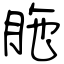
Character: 胣